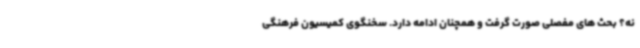
نه؟ بحث های مفصلی صورت گرفت و همچنان ادامه دارد. سخنگوی کمیسیون فرهنگی